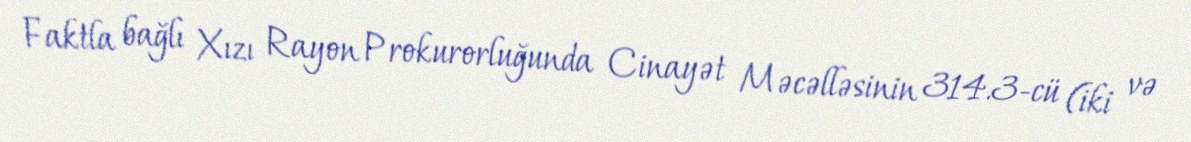
Faktla bağlı Xızı Rayon Prokurorluğunda Cinayət Məcəlləsinin 314.3-cü (iki və